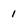
Character: 1